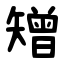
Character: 矰